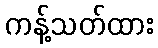
ကန့်သတ်ထား